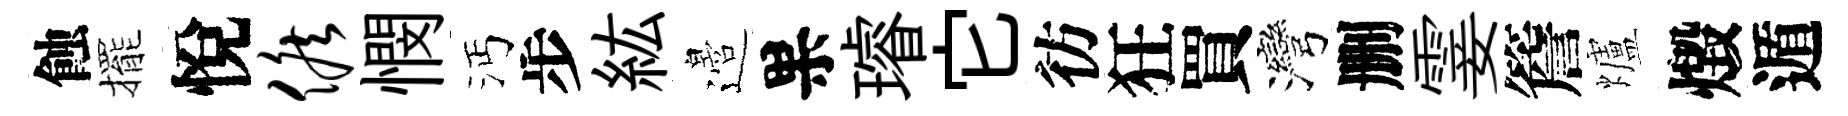
蝕擺悅候憫沔步紘邉果璿它彷狂買灣删霎簷爐燬遁